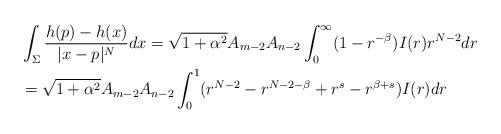
LaTeX: \begin{align*}&\int_{\Sigma}\frac{h(p)- h(x)}{|x-p|^{N}} dx=\sqrt{1+\alpha^2}A_{m-2}A_{n-2}\int_0^\infty (1-r^{-\beta})I(r) r^{N-2} dr\\&=\sqrt{1+\alpha^2}A_{m-2}A_{n-2}\int_0^1 (r^{N-2}-r^{N-2-\beta}+r^s- r^{\beta+s})I(r)d r\end{align*}